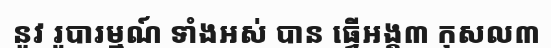
នូវ រូបារម្មណ៍ ទាំងអស់ បាន ធ្វើអង្គ៣ កុសល៣